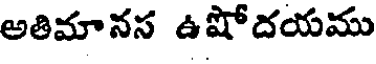
అతిమానస ఉషోదయము